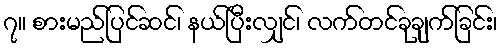
၇။ စားမည်ပြင်ဆင်၊ နယ်ပြီးလျှင်၊ လက်တင်ခုချက်ခြင်း၊